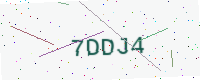
Text: 7DDJ4